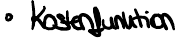
Kostenfunktion